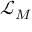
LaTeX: { \mathcal { L } } _ { M }